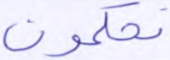
تحكمون